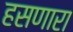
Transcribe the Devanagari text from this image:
हसणारा